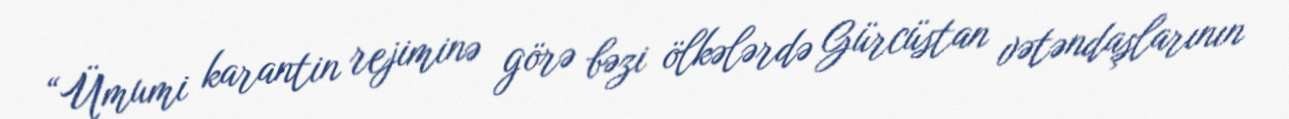
“Ümumi karantin rejiminə görə bəzi ölkələrdə Gürcüstan vətəndaşlarının